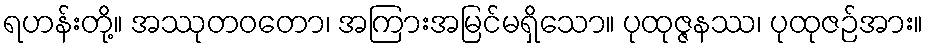
ရဟန်းတို့။ အဿုတဝတော၊ အကြားအမြင်မရှိသော။ ပုထုဇ္ဇနဿ၊ ပုထုဇဉ်အား။